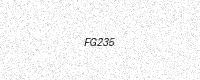
Text: FG235